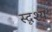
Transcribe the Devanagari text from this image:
स्दृश्य